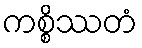
ကစ္စိဿတံ